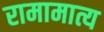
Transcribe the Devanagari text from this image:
रामामात्य